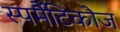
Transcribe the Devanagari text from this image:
स्पर्मैटिकोज